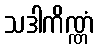
သဒါကိဏ္ဏံ